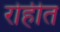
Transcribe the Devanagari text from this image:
रोहीत